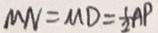
M N = M D = \frac { 1 } { 2 } A P